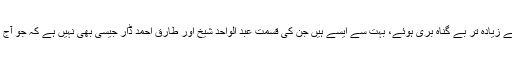
یہ الگ بات ہے کہ ان میں سے زیادہ تر بے گناہ بری ہوئے، بہت سے ایسے ہیں جن کی قسمت عبد الواحد شیخ اور طارق احمد ڈار جیسی بھی نہیں ہے کہ جو آج تک جیلوں میں سڑ رہے ہیں!